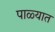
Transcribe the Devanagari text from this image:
पाळ्यात